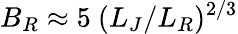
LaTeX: B_{R}\approx 5\ (L_{J}/L_{R})^{2/3}